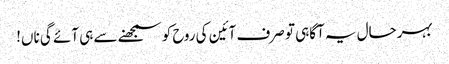
بہرحال یہ آگاہی تو صرف آئین کی روح کو سمجھنے سے ہی آئے گی ناں!